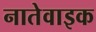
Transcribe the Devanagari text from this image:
नातेवाइक